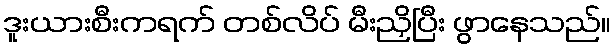
ဒူးယားစီးကရက် တစ်လိပ် မီးညှိပြီး ဖွာနေသည်။